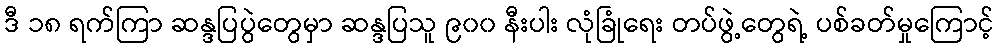
ဒီ ၁၈ ရက်ကြာ ဆန္ဒပြပွဲတွေမှာ ဆန္ဒပြသူ ၉၀၀ နီးပါး လုံခြုံရေး တပ်ဖွဲ့တွေရဲ့ ပစ်ခတ်မှုကြောင့်